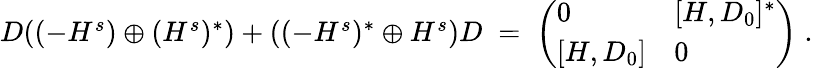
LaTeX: \begin{array}{r}{D((-H^{s})\oplus(H^{s})^{*})+((-H^{s})^{*}\oplus H^{s})D\; =\; \left(\begin{array}{ll}{0}&{[H,D_{0}]^{*}}\\ {{}[H,D_{0}]}&{0}\end{array}\right)\; .}\end{array}